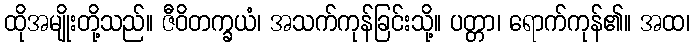
ထိုအမျိုးတို့သည်။ ဇီဝိတက္ခယံ၊ အသက်ကုန်ခြင်းသို့။ ပတ္တာ၊ ရောက်ကုန်၏။ အထ၊